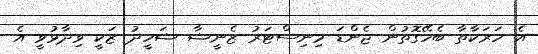
އެ ހަރަކާތާ ބެހޭގޮތުން ޖެންޑަ މިނިސްޓަރު ޒެނީޝާ ޝަހީދު ޒަކީ ވިދާޅުވީ އެ